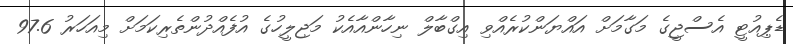
ޑެޕިއުޓީ އެސްޖީގެ މަގާމަށް އައްޔަންކުރެއްވި އިގްބާލް ނިހާންއާއެކު މަޖިލީހުގެ އުފެއްދުންތެރިކަމަށް މިއަހަރު 97.6